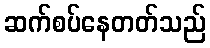
ဆက်စပ်နေတတ်သည်